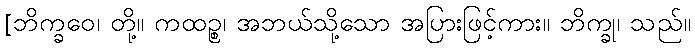
[ဘိက္ခဝေ၊ တို့။ ကထဉ္စ၊ အဘယ်သို့သော အပြားဖြင့်ကား။ ဘိက္ခု၊ သည်။